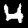
Label: 4